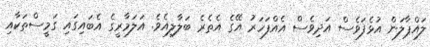
ލައްޕާލަން އުޅެފަވެސް އަދިވެސް އެއްފަހަރު އޭގެ އެތެރެ ބަލާލިއެވެ. އަލަމާރީގެ އެބައިގައި ގަމީސްތަކާއި